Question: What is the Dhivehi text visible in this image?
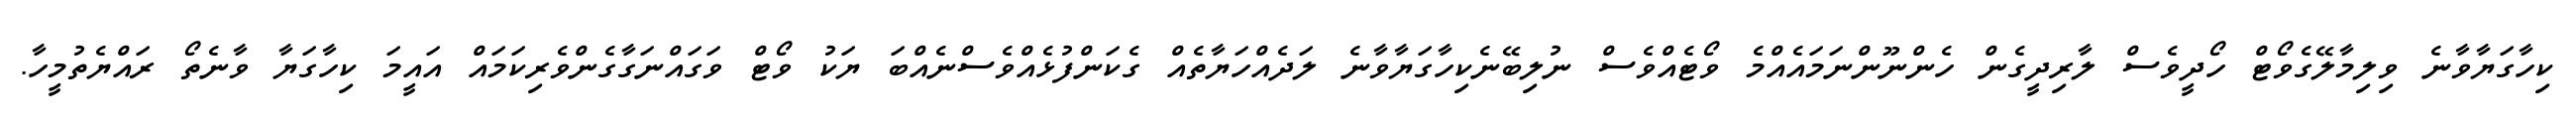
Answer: ކިހާގަޔާވާނެ ވިލިމާލޭގެވޯޓް ހޯދީވެސް ލާރިދީގެން ހެންނޫންނަމައެއްމެ ވޯޓެއްވެސް ނުލިބޭނެކިހާގަޔާވާނެ ލަދެއްހަޔާތެއް ގެކަންފުޅެއްވެސްނެއްބަ ޔަކު ވޯޓް ވަގައްނަގާގެންވެރިކަމައް އައީމަ ކިހާގަޔާ ވާނެތޯ ރައްޔެތުމީހާ.